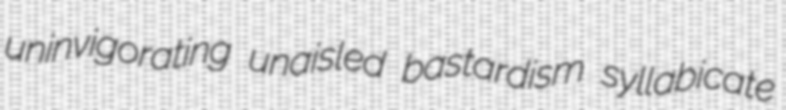
uninvigorating unaisled bastardism syllabicate